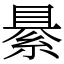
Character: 䋰